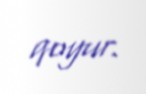
qoyur.